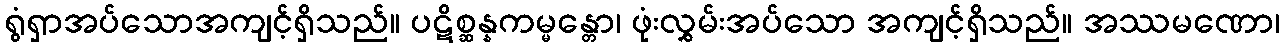
ရွံရှာအပ်သောအကျင့်ရှိသည်။ ပဋိစ္ဆန္နကမ္မန္တော၊ ဖုံးလွှမ်းအပ်သော အကျင့်ရှိသည်။ အဿမဏော၊